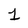
Character: 1